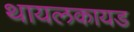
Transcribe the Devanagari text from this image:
थायलकायड